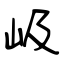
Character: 岋